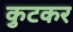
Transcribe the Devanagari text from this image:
कुटकर